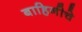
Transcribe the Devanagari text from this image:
बाहिनीचे